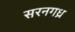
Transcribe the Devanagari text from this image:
सरनगध्र